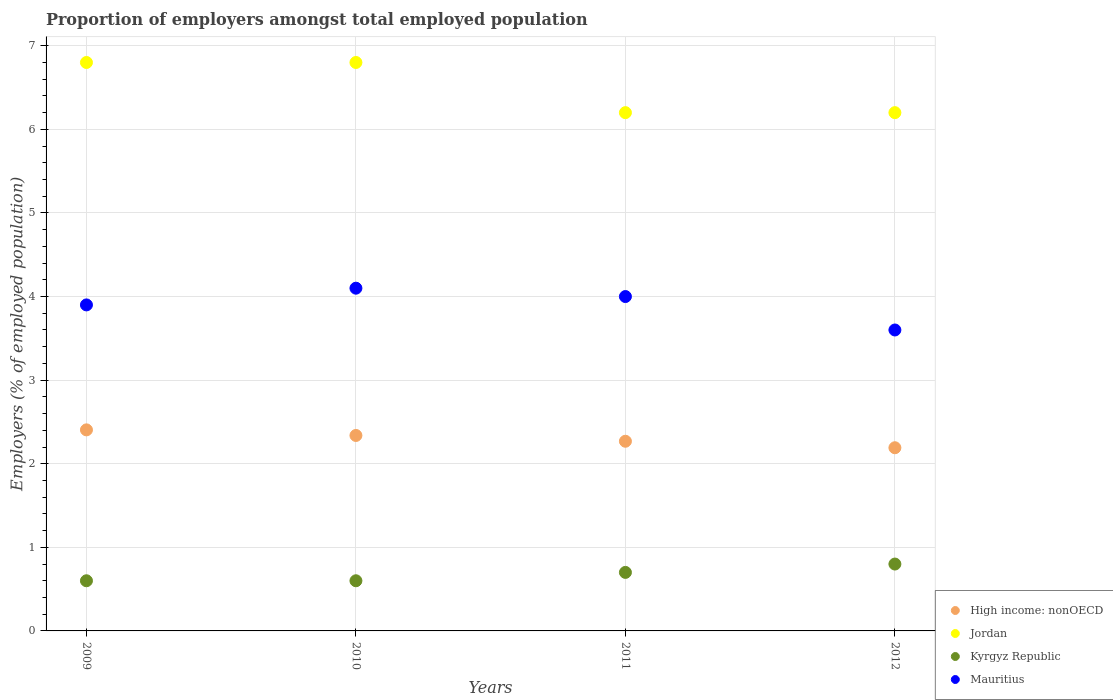
| Years | High income: nonOECD | Jordan | Kyrgyz Republic | Mauritius |
 | --- | --- | --- | --- | --- |
 | 2009 | 2.41 | 6.8 | 0.6 | 3.9 |
 | 2010 | 2.34 | 6.8 | 0.6 | 4.1 |
 | 2011 | 2.27 | 6.2 | 0.7 | 4 |
 | 2012 | 2.19 | 6.2 | 0.8 | 3.6 |